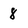
Character: 8